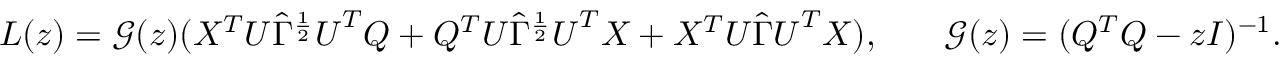
\begin{array} { r l r l } & { L ( z ) = { \mathcal G } ( z ) ( X ^ { T } { \boldsymbol U } \widehat \Gamma ^ { \frac { 1 } { 2 } } { \boldsymbol U } ^ { T } Q + Q ^ { T } { \boldsymbol U } \widehat \Gamma ^ { \frac { 1 } { 2 } } { \boldsymbol U } ^ { T } X + X ^ { T } { \boldsymbol U } \widehat \Gamma { \boldsymbol U } ^ { T } X ) , } & & { { \mathcal G } ( z ) = ( Q ^ { T } Q - z I ) ^ { - 1 } . } \end{array}